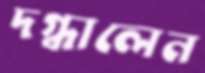
দগ্ধালেন